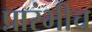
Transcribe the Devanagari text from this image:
प्रारंभीच